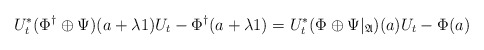
\begin{align*} U_t^\ast (\Phi^\dagger \oplus \Psi)(a+ \lambda 1) U_t - \Phi^\dagger(a + \lambda 1) = U_t^\ast (\Phi \oplus \Psi|_\mathfrak{A})(a) U_t - \Phi(a)\end{align*}